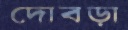
দোবড়া